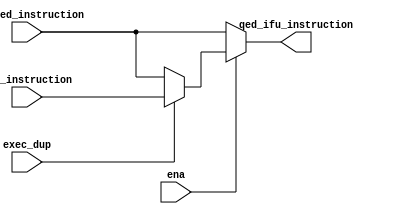
// Copyright (c) Stanford University
//
// This source code is patent protected and being made available under the
// terms explained in the ../LICENSE-Academic and ../LICENSE-GOV files.

module qed_instruction_mux (
  // Outputs
  qed_ifu_instruction,
  // Inputs
  ifu_qed_instruction, 
  qed_instruction, 
  ena, 
  exec_dup
  );

  input [31:0] ifu_qed_instruction;
  input [31:0] qed_instruction;
  input exec_dup;
  input ena;

  output [31:0] qed_ifu_instruction;

  assign qed_ifu_instruction = ena ? ((exec_dup == 1'b0) ? ifu_qed_instruction : qed_instruction) : ifu_qed_instruction;

endmodule